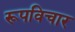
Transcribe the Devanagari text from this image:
रूपविचार